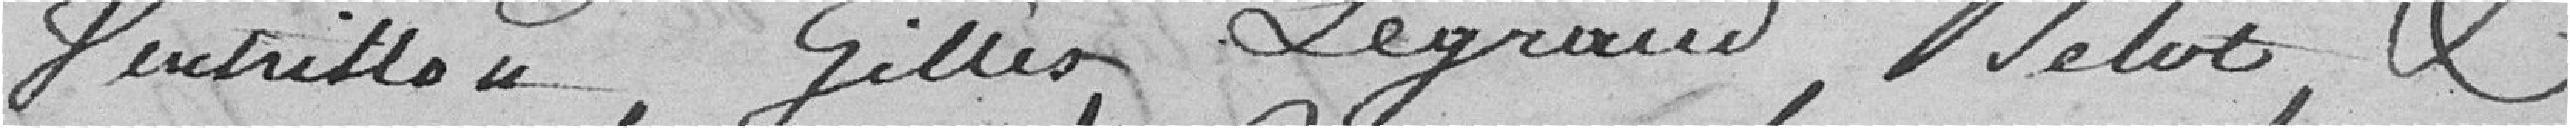
Ventrillon, Gilles Legrand, Melot, et